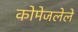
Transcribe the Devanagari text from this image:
कोमेजलेले